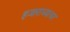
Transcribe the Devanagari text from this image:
हजाराच्याचर